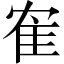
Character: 隺